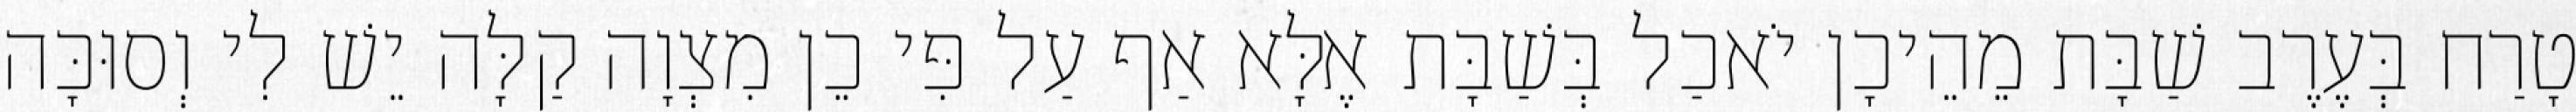
טָרַח בְּעֶרֶב שַׁבָּת מֵהֵיכָן יֹאכַל בְּשַׁבָּת אֶלָּא אַף עַל פִּי כֵן מִצְוָה קַלָּה יֵשׁ לִי וְסוּכָּה